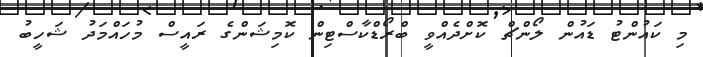
މި ކައުންޓު ޑައުން ލޯންޗް ކޮށްދެއްވީ ބްރޯޑްކާސްޓިން ކޮމިޝަންގެ ރައީސް މުހައްމަދު ޝަހީބު